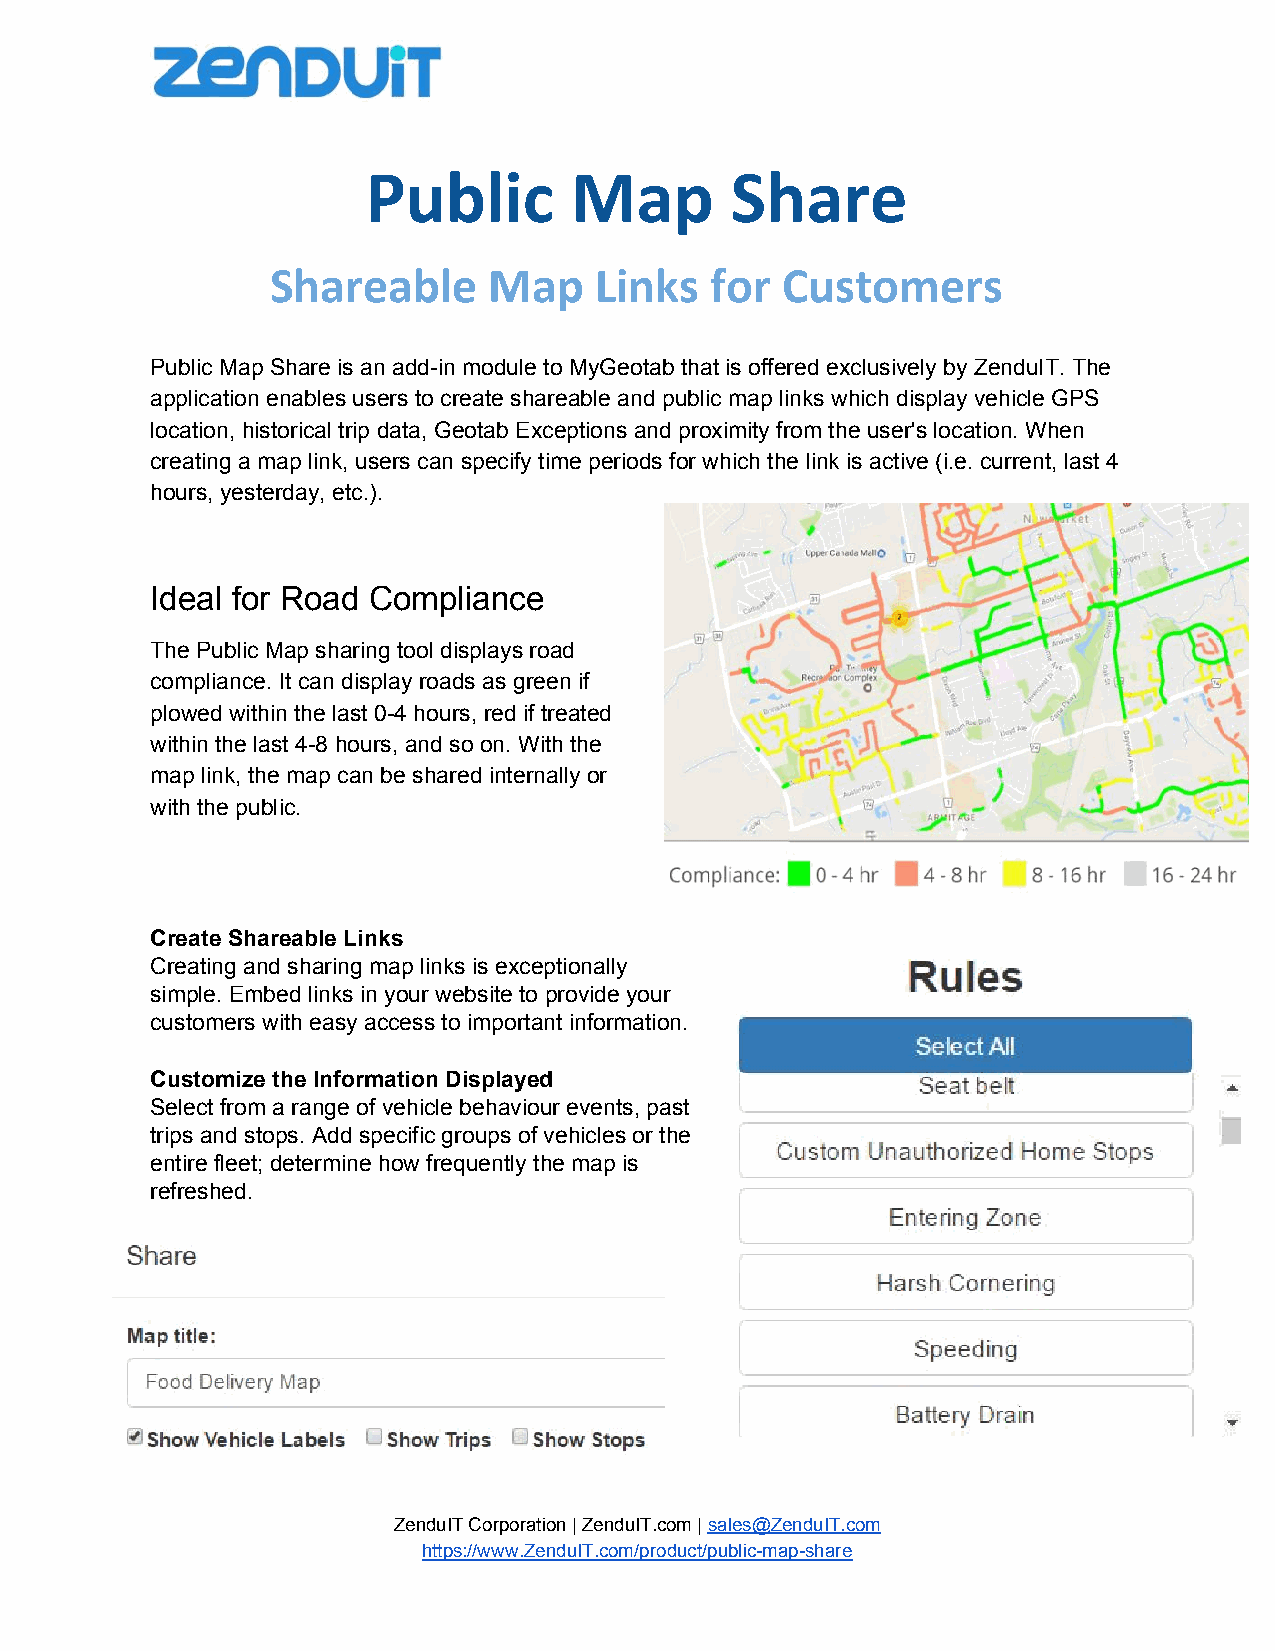
Public        Map       Share
 Shareable     Map    Links   for  Customers
 Public Map Share is an add-in module to MyGeotab that is offered exclusively by ZenduIT. The
 application enables users to create shareable and public map links which display vehicle GPS
 location, historical trip data, Geotab Exceptions and proximity from the user's location. When
 creating a map link, users can specify time periods for which the link is active (i.e. current, last 4
 hours, yesterday, etc.).
 Ideal for Road Compliance
 The Public Map sharing tool displays road
 compliance. It can display roads as green if
 plowed within the last 0-4 hours, red if treated
 within the last 4-8 hours, and so on. With the
 map link, the map can be shared internally or
 with the public.
 Create Shareable Links
 Creating and sharing map links is exceptionally
 simple. Embed links in your website to provide your
 customers with easy access to important information.
 Customize the Information Displayed
 Select from a range of vehicle behaviour events, past
 trips and stops. Add specific groups of vehicles or the
 entire fleet; determine how frequently the map is
 refreshed.
 ZenduIT Corporation | ZenduIT.com | sales@ZenduIT.com
 ​
 https://www.ZenduIT.com/product/public-map-share